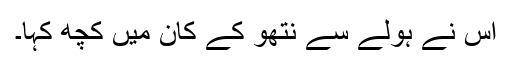
اُس نے ہولے سے نتھو کے کان میں کچھ کہا۔